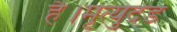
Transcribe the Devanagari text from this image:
है।मृत्युदंड